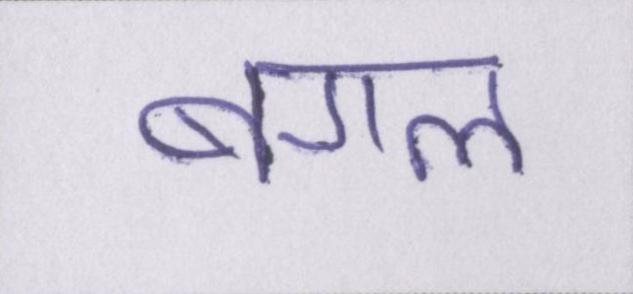
बगल